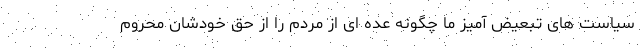
سیاست های تبعیض آمیز ما چگونه عده ای از مردم را از حق خودشان محروم